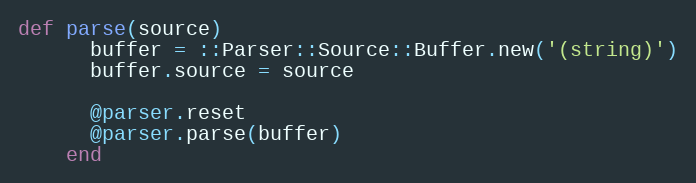
Language: Ruby
def parse(source)
      buffer = ::Parser::Source::Buffer.new('(string)')
      buffer.source = source

      @parser.reset
      @parser.parse(buffer)
    end